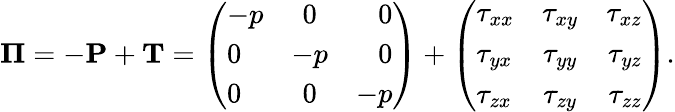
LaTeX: \mathbf\Pi=-\mathbf P+\mathbf T=\left(\begin{array}{lcr}{-p}&{0}&{0}\\ {0}&{-p}&{0}\\ {0}&{0}&{-p}\end{array}\right)+\left(\begin{array}{lcr}{\tau_{xx}}&{\tau_{xy}}&{\tau_{xz}}\\ {\tau_{yx}}&{\tau_{yy}}&{\tau_{yz}}\\ {\tau_{zx}}&{\tau_{zy}}&{\tau_{zz}}\end{array}\right).